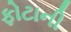
ફોટાની